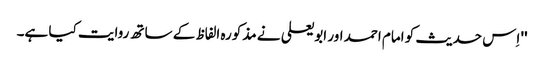
'' اِس حدیث کو امام احمد اور ابو یعلی نے مذکورہ الفاظ کے ساتھ روایت کیا ہے۔